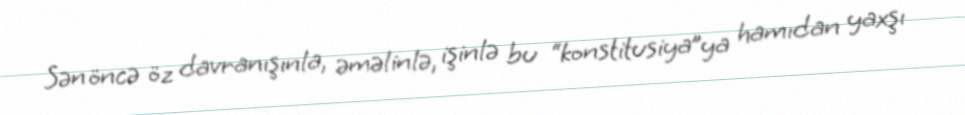
Sən öncə öz davranışınla, əməlinlə, işinlə bu “konstitusiya”ya hamıdan yaxşı